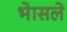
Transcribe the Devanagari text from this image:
भेासले